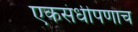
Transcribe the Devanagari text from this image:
एकसंधीपणाच